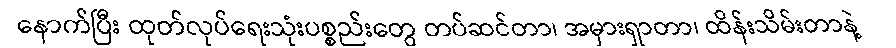
နောက်ပြီး ထုတ်လုပ်ရေးသုံးပစ္စည်းတွေ တပ်ဆင်တာ၊ အမှားရှာတာ၊ ထိန်းသိမ်းတာနဲ့